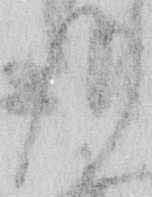
候